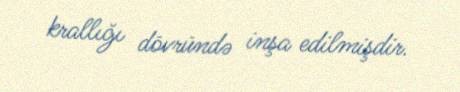
krallığı dövründə inşa edilmişdir.